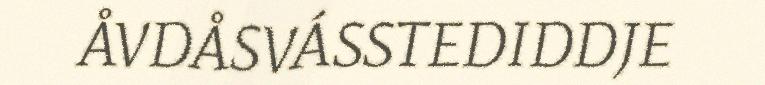
ÅVDÅSVÁSSTEDIDDJE